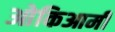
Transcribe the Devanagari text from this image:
ओकिआमी